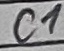
Text: c1